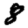
Digit: 8